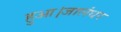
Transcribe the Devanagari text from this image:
हुआ।जालंधर